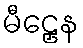
မီဠှေန